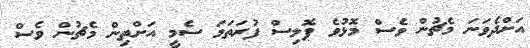
އަށްދެވަނަ މެޗުން ވެސް މޮޅުވެ ޕޮލިސް ފުރަތަމަ ސެމީ އަށްތިން މެޗުން ވެސް